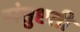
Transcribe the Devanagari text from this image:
संतुष्टती